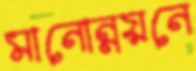
মানোন্নয়নে